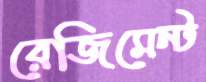
রেজিমেন্ট